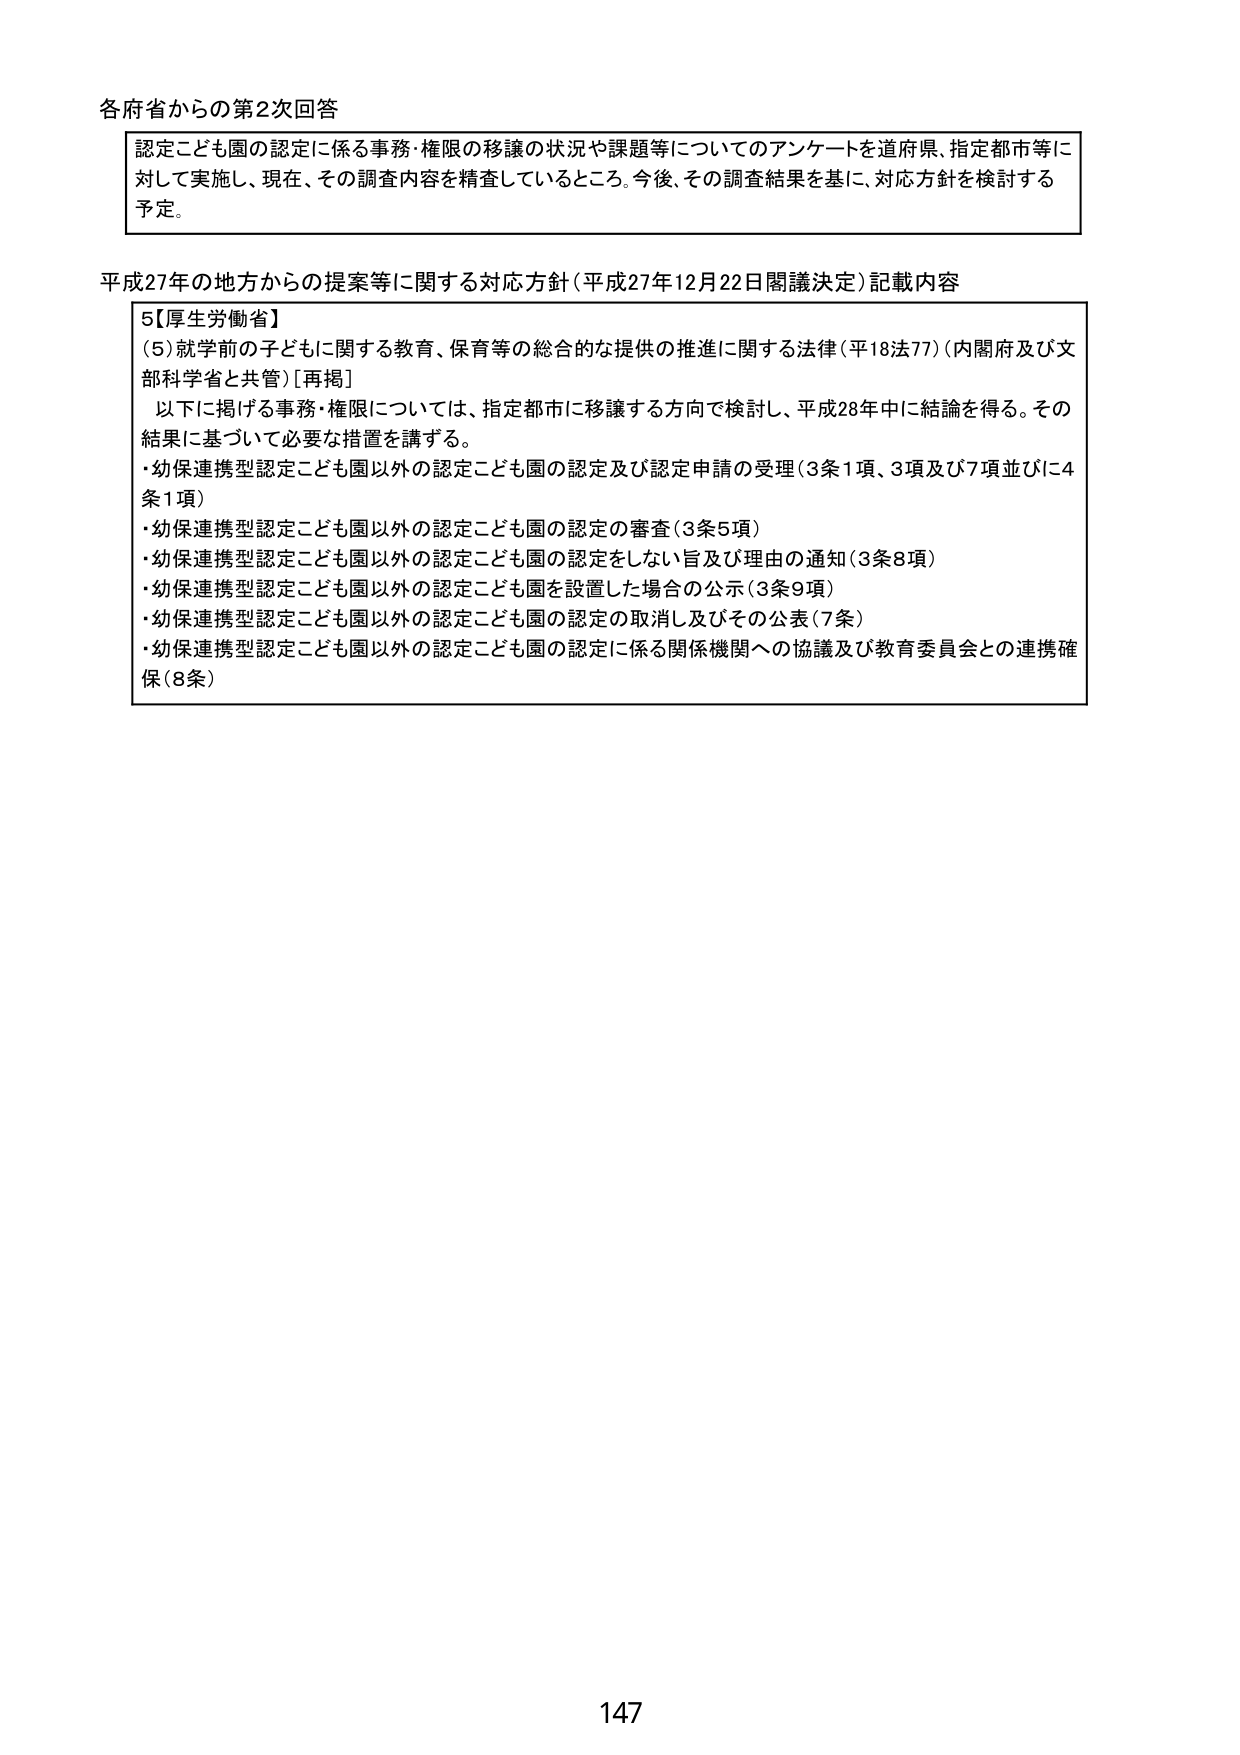
各府省からの第2次回答

認定こども園の認定に係る事務・権限の移譲の状況や課題等についてのアンケートを道府県、指定都市等に対して実施し、現在、その調査内容を精査しているところ。今後、その調査結果を基に、対応方針を検討する予定。

平成27年の地方からの提案等に関する対応方針（平成27年12月22日閣議決定）記載内容

5【厚生労働省】
（5）就学前の子どもに関する教育、保育等の総合的な提供の推進に関する法律（平18法77）（内閣府及び文部科学省と共管）[再掲]
　以下に掲げる事務・権限については、指定都市に移譲する方向で検討し、平成28年中に結論を得る。その結果に基づいて必要な措置を講ずる。
・幼保連携型認定こども園以外の認定こども園の認定及び認定申請の受理（3条1項、3項及び7項並びに4条1項）
・幼保連携型認定こども園以外の認定こども園の認定の審査（3条5項）
・幼保連携型認定こども園以外の認定こども園の認定をしない旨及び理由の通知（3条8項）
・幼保連携型認定こども園以外の認定こども園を設置した場合の公示（3条9項）
・幼保連携型認定こども園以外の認定こども園の認定の取消し及びその公表（7条）
・幼保連携型認定こども園以外の認定こども園の認定に係る関係機関への協議及び教育委員会との連携確保（8条）

147